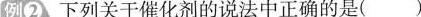
例② 下列关于催化剂的说法中正确的是( )